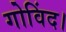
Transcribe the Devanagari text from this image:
गोविंद।